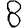
Digit: 8